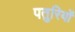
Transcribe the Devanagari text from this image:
पतुरियों